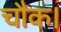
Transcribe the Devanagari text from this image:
चौक।